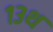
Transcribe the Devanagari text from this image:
१३थ